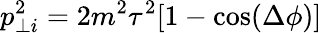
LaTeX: p_{\perp i}^{2}=2m^{2}\tau^{2}[1-\cos(\Delta\phi)]